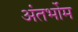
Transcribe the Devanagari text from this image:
अंतर्भोम